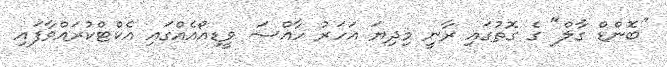
"ބޮންޑް ގާލް" ގެ ގޮތުގައި ރާނީ މިދިޔަ އަހަރު ހާއްސަ ވީޑިއޯއެއްގައި އެކްޓްކުރައްވާފައި